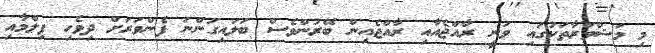
މި މަޝްވަރާތަކުގައި ވަނީ ރާއްޖެއާއި ރާއްޖެއިން ބޭރުންވެސް ބަލައިގަންނަ ފެންވަރަށް ދިވެހި ފިލްމާއި